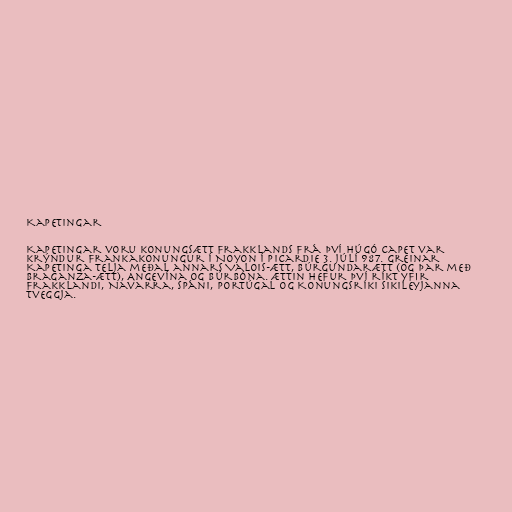
Kapetingar

Kapetingar voru konungsætt Frakklands frá því Húgó Capet var
krýndur Frankakonungur í Noyon í Picardie 3. júlí 987. Greinar
Kapetinga telja meðal annars Valois-ætt, Búrgundarætt (og þar með
Braganza-ætt), Angevína og Búrbóna. Ættin hefur því ríkt yfir
Frakklandi, Navarra, Spáni, Portúgal og Konungsríki Sikileyjanna
tveggja.